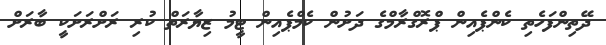
ދޭތިންފަހެތި ކެންޕެއިން ޕްރޮގްރާމްގެ ދަށުން ކެމްޕެއިން ޓީމު ޒިޔާރަތް ކުރި ރަށްރަށަކީ ބާރަށް